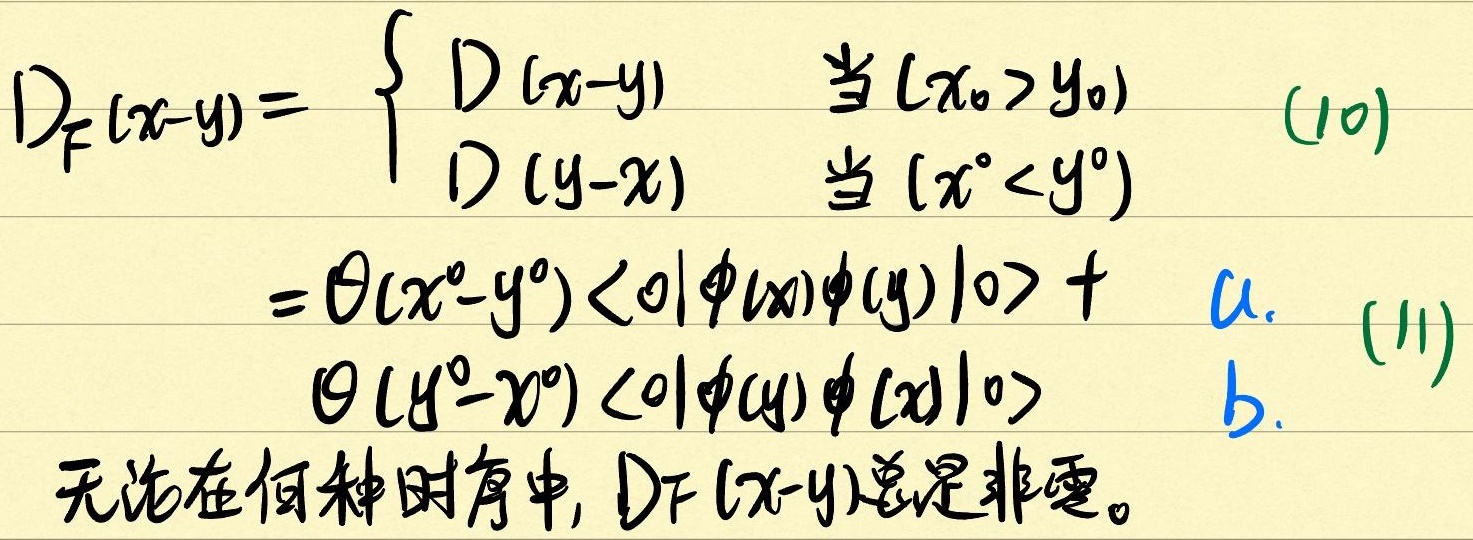
\[
D_{F}(x - y)=
\begin{cases}
D(x - y) & \text{当 }(x_{0}>y_{0}) \\
D(y - x) & \text{当 }(x^{0}<y^{0})
\end{cases}
\]
\[
=\theta(x^{0}-y^{0})\langle0|\phi(x)\phi(y)|0\rangle +
\begin{cases}
\text{a.} & (11) \\
\theta(y^{0}-x^{0})\langle0|\phi(y)\phi(x)|0\rangle & \text{b.}
\end{cases}
\]
无论在何种时序中, \(D_{F}(x - y)\)总是非零。